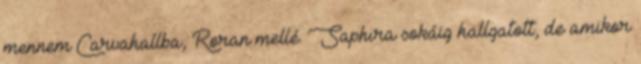
mennem Carvahallba, Roran mellé. Saphira sokáig hallgatott, de amikor